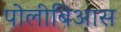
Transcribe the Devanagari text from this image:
पोलीबिआस